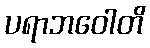
ပရာဘဝေါတိ